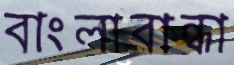
বাংলাবান্ধা